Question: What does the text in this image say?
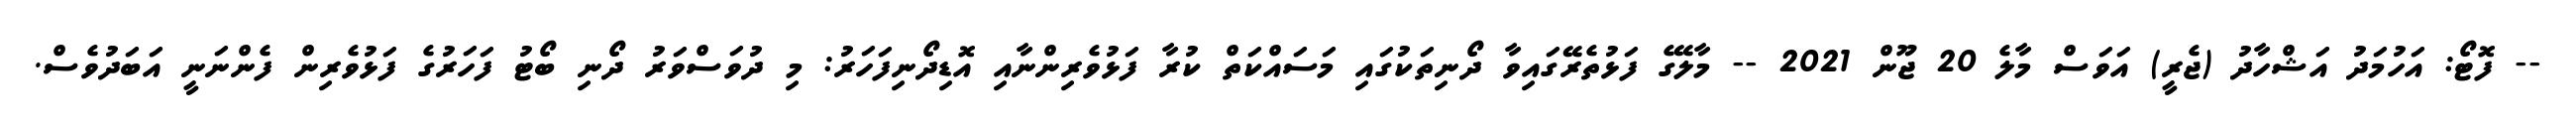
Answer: -- ފޮޓޯ: އަހުމަދު އަޝްހާދު (ޖެރީ) އަވަސް މާލެ 20 ޖޫން 2021 -- މާލޭގެ ފަޅުތެރޭގައިވާ ދޯނިތަކުގައި މަސައްކަތް ކުރާ ފަޅުވެރިންނާއި އޮޑިދޯނިފަހަރު: މި ދުވަސްވަރު ދޯނި ބޯޓު ފަހަރުގެ ފަޅުވެރިން ފެންނަނީ އަބަދުވެސް.